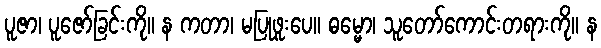
ပူဇာ၊ ပူဇော်ခြင်းကို။ န ကတာ၊ မပြုဖူးပေ။ ဓမ္မော၊ သူတော်ကောင်းတရားကို။ န